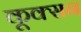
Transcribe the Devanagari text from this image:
कूक्सन